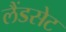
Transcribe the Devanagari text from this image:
लैंडसेट